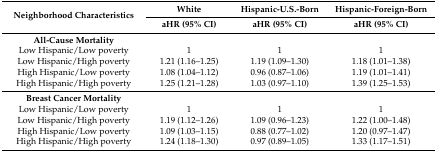
<table><thead><tr><td rowspan="2"><b>Neighborhood Characteristics</b></td><td><b>White</b></td><td><b>Hispanic-U.S.-Born</b></td><td><b>Hispanic-Foreign-Born</b></td></tr><tr><td><b>aHR (95% CI)</b></td><td><b>aHR (95% CI)</b></td><td><b>aHR (95% CI)</b></td></tr></thead><tbody><tr><td><b>All-Cause Mortality</b></td><td></td><td></td><td></td></tr><tr><td>Low Hispanic/Low poverty</td><td>1</td><td>1</td><td>1</td></tr><tr><td>Low Hispanic/High poverty</td><td>1.21 (1.16–1.25)</td><td>1.19 (1.09–1.30)</td><td>1.18 (1.01–1.38)</td></tr><tr><td>High Hispanic/Low poverty</td><td>1.08 (1.04–1.12)</td><td>0.96 (0.87–1.06)</td><td>1.19 (1.01–1.41)</td></tr><tr><td>High Hispanic/High poverty </td><td>1.25 (1.21–1.28)</td><td>1.03 (0.97–1.10)</td><td>1.39 (1.25–1.53)</td></tr><tr><td><b>Breast Cancer Mortality</b></td><td></td><td></td><td></td></tr><tr><td>Low Hispanic/Low poverty</td><td>1</td><td>1</td><td>1</td></tr><tr><td>Low Hispanic/High poverty</td><td>1.19 (1.12–1.26)</td><td>1.09 (0.96–1.23)</td><td>1.22 (1.00–1.48)</td></tr><tr><td>High Hispanic/Low poverty</td><td>1.09 (1.03–1.15)</td><td>0.88 (0.77–1.02)</td><td>1.20 (0.97–1.47)</td></tr><tr><td>High Hispanic/High poverty</td><td>1.24 (1.18–1.30)</td><td>0.97 (0.89–1.05)</td><td>1.33 (1.17–1.51)</td></tr></tbody></table>